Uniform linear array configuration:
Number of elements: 16
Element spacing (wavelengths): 0.75
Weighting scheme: exponential
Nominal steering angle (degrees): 30
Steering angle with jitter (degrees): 29.575
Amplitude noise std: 0.05
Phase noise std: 0.05

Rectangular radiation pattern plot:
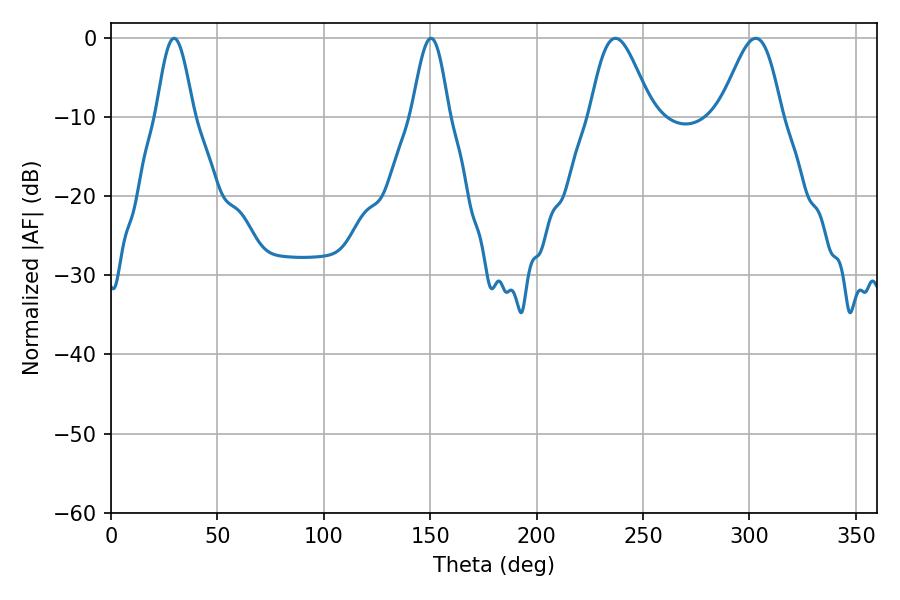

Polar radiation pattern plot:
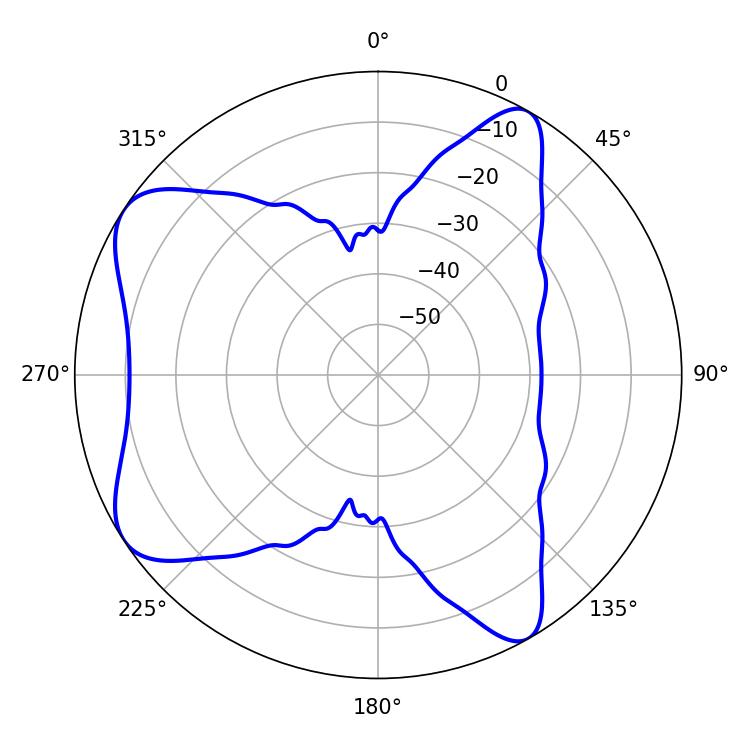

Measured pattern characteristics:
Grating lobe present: TRUE
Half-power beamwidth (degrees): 15.3
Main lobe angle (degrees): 237.06